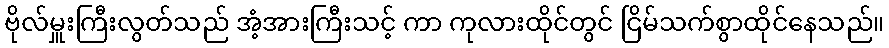
ဗိုလ်မှူးကြီးလွတ်သည် အံ့အားကြီးသင့် ကာ ကုလားထိုင်တွင် ငြိမ်သက်စွာထိုင်နေသည်။